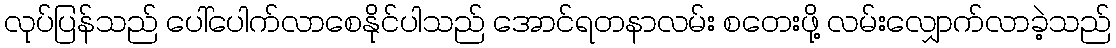
လုပ်ပြန်သည် ပေါ်ပေါက်လာစေနိုင်ပါသည် အောင်ရတနာလမ်း စတေးဖို့ လမ်းလျှောက်လာခဲ့သည်